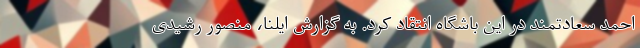
احمد سعادتمند در این باشگاه انتقاد کرد. به گزارش ایلنا، منصور رشیدی